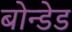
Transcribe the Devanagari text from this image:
बोन्‍डेड